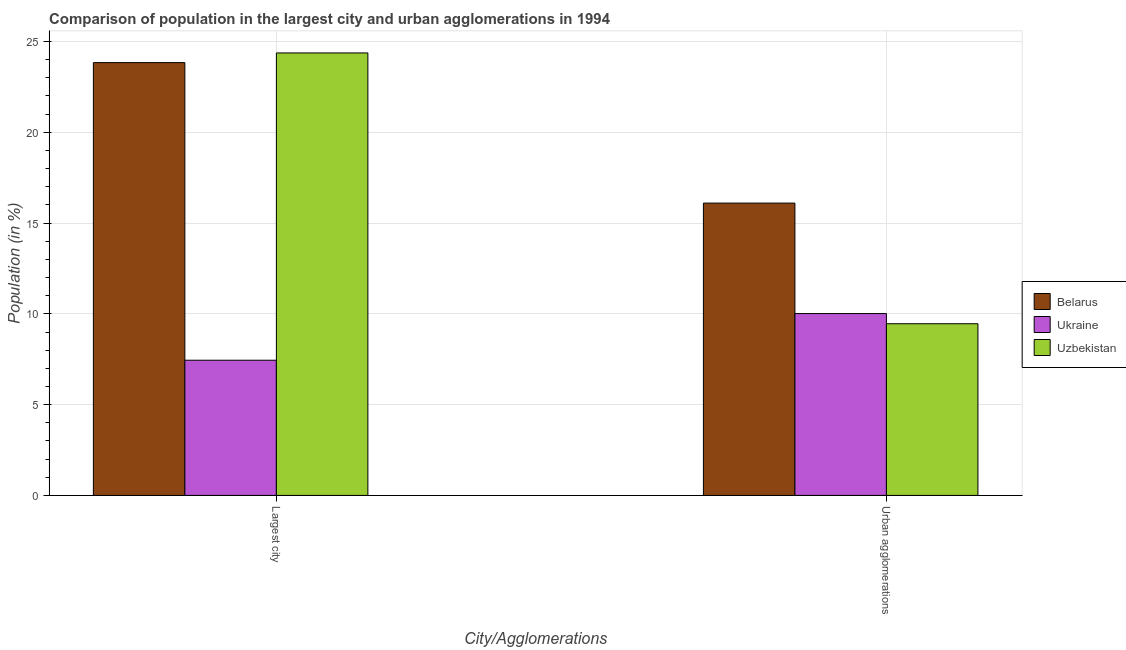
| City/Agglomerations | Belarus | Ukraine | Uzbekistan |
 | --- | --- | --- | --- |
 | Largest city | 23.8 | 7.45 | 24.4 |
 | Urban agglomerations | 16.1 | 10 | 9.46 |